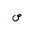
Letter: _sad